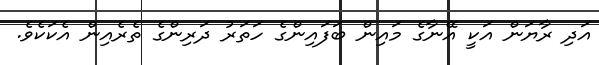
އަދި ރާޔަން އަކީ އޭނާގެ މައިން ބަފައިންގެ ހަތަރު ދަރިންގެ ތެރެއިން އެކަކެވެ.